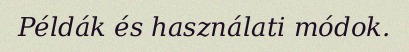
Példák és használati módok.